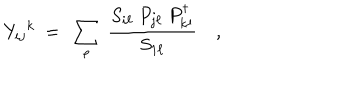
LaTeX: { Y _ { i j } } ^ { k } \ = \ \sum _ { \ell } \ { \frac { S _ { i \ell } \ P _ { j \ell } \ P _ { k \ell } ^ { \dagger } } { S _ { 1 \ell } } } \quad ,